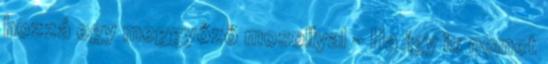
hozzá egy meggyőző mosollyal - Ha így is nemet